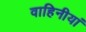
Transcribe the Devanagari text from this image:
वाहिनीयां